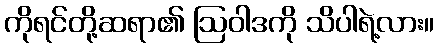
ကိုရင်တို့ဆရာ၏ ဩဝါဒကို သိပါရဲ့လား။